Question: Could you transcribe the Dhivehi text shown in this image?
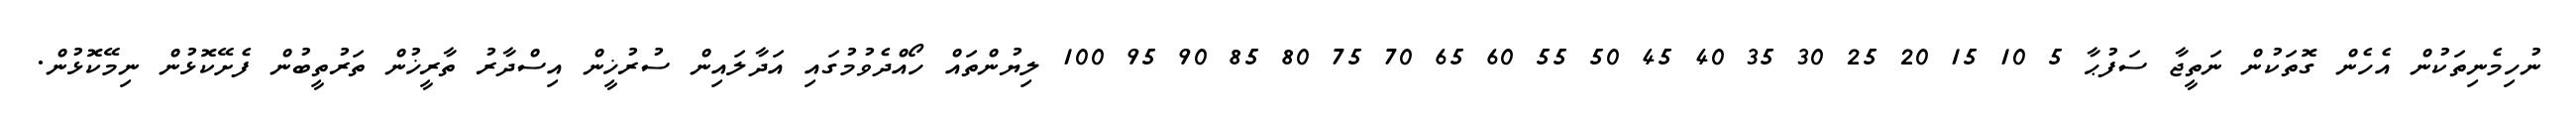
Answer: ނުހިމެނިތަކުން އެހެން ގޮތަކުން ނަތީޖާ ސަފުޙާ 5 10 15 20 25 30 35 40 45 50 55 60 65 70 75 80 85 90 95 100 ލިޔުންތައް ހޯއްދެވުމުގައި އަދާލައިން ސުރުޚީން އިސްދާރު ތާރީޚުން ތަރުތީބުން ފެށޭކޮޅުން ނިމޭކޮޅުން.